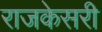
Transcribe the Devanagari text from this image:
राजकेसरी